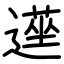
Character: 遳